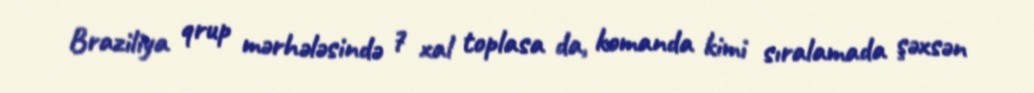
Braziliya qrup mərhələsində 7 xal toplasa da, komanda kimi sıralamada şəxsən